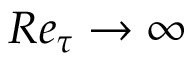
R e _ { \tau } \rightarrow \infty